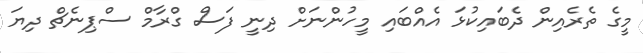
މީގެ ތެރެއިން ދެބައިކުޅަ އެއްބައި މީހުންނަށް ދިނީ ފަސް ގްރާމް ސްޕިނެޗް ދިޔަ